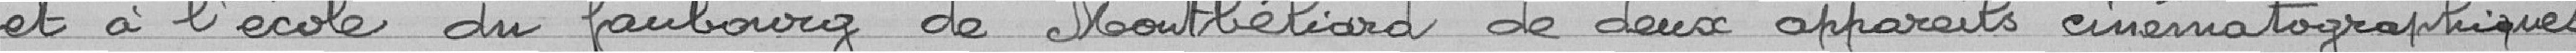
et à l'école du faubourg de Montbéliard de deux appareils cinématographiques